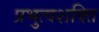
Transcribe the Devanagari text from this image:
प्रभुत्वशक्ति